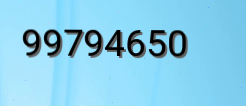
99794650